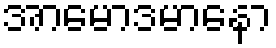
အာမောဒမာနော